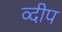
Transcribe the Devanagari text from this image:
व्दीप